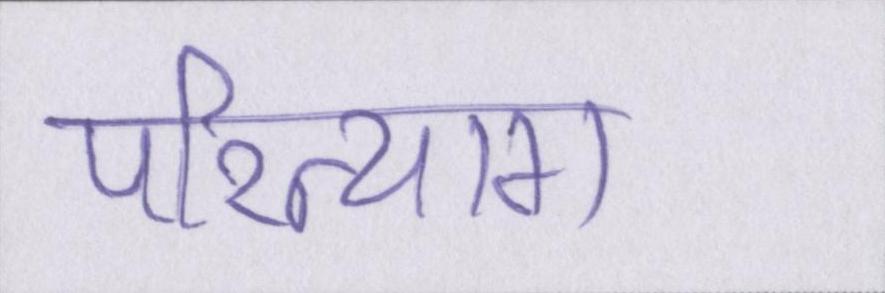
परित्याग